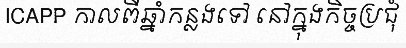
ICAPP កាលពីឆ្នាំកន្លងទៅ នៅក្នុងកិច្ចប្រជុំ